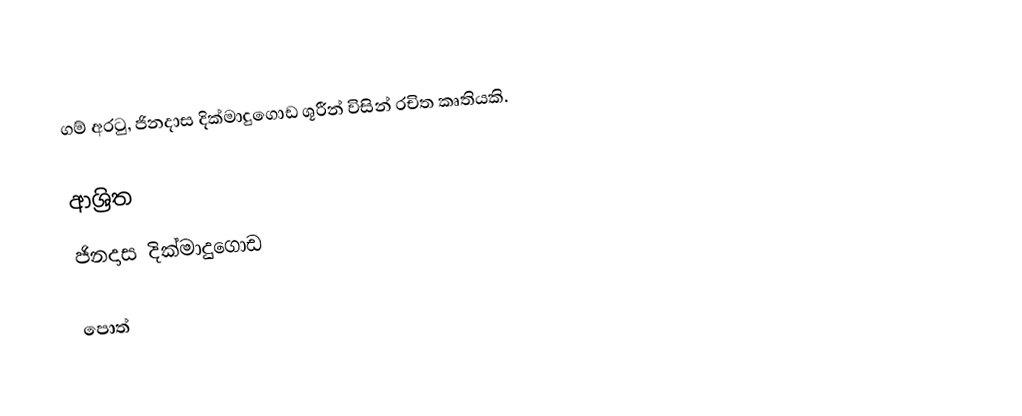
ගම් අරටු, ජිනදාස දික්මාදුගොඩ ශූරීන් විසින් රචිත කෘතියකි.

ආශ්‍රිත
 ජිනදාස දික්මාදුගොඩ

පොත්